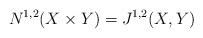
\begin{align*} N^{1,2}(X \times Y) = J^{1,2}(X,Y) \end{align*}